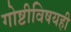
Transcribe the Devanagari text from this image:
गोष्टीविषयही